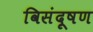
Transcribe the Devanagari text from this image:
विसंदूषण